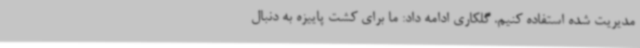
مدیریت شده استفاده کنیم. گلکاری ادامه داد: ما برای کشت پاییزه به دنبال